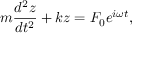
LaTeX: m { \frac { d ^ { 2 } z } { d t ^ { 2 } } } + k z = F _ { 0 } e ^ { i \omega t } ,